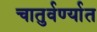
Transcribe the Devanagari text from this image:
चातुर्वर्ण्यात